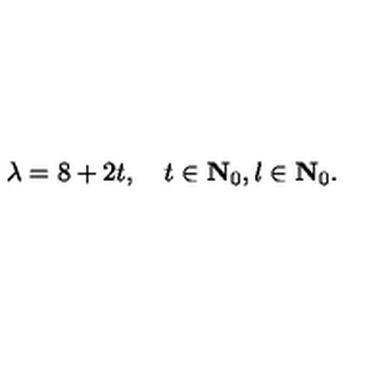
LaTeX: \lambda = 8 + 2 t , \quad t \in { \bf { N } } _ { 0 } , l \in { \bf { N } } _ { 0 } .